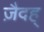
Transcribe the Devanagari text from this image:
ज़ैदह्